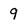
Character: 9